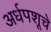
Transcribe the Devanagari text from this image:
अर्धपशूचे